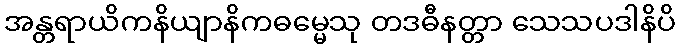
အန္တရာယိကနိယျာနိကဓမ္မေသု တဒဓီနတ္တာ သေသပဒါနိပိ